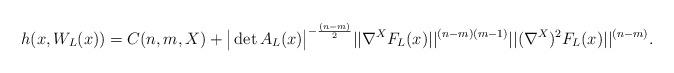
LaTeX: \begin{align*} h(x,W_L(x)) = C(n,m,X) + \big|\det A_L (x) \big|^{-\frac{(n-m)}{2}} ||\nabla^X F_L(x)||^{(n-m)(m-1)} ||(\nabla^X)^2 F_L(x) ||^{(n-m)}. \end{align*}